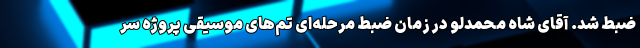
ضبط شد. آقای شاه محمدلو در زمان ضبط مرحله‌ای تم‌های موسیقی پروژه سر